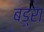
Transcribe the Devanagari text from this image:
बड्रा